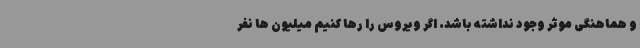
و هماهنگی موثر وجود نداشته باشد. اگر ویروس را رها کنیم میلیون ها نفر